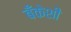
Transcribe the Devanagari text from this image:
बँकेशी